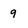
Character: 9